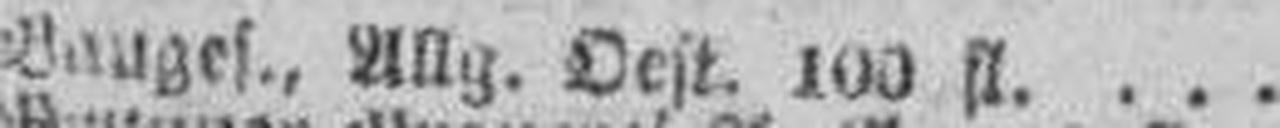
Bauges., Allg. Oest. 100 fl.